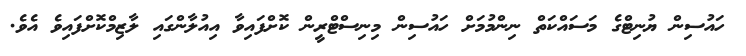
ހައުސިން ޔުނިޓްގެ މަސައްކަތް ނިންމުމަށް ހައުސިން މިނިސްޓްރީން ކޮށްފައިވާ އިއުލާންގައި ލާޒިމްކޮށްފައިވެ އެވެ.